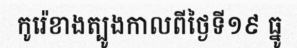
កូរ៉េខាងត្បូងកាលពីថ្ងៃទី១៩ ធ្នូ